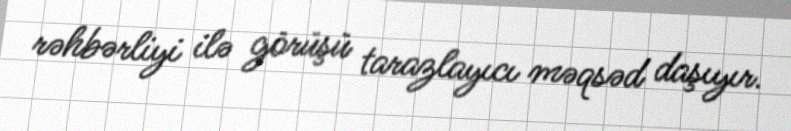
rəhbərliyi ilə görüşü tarazlayıcı məqsəd daşıyır.